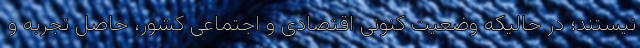
نیستند؛ در حالیکه وضعیت کنونی اقتصادی و اجتماعی کشور، حاصل تجربه و